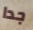
جدا